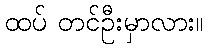
ထပ် တင်ဦးမှာလား။